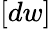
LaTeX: [dw]